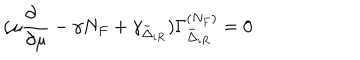
( \mu \frac { \partial \phantom { a } } { \partial \mu } - \gamma N _ { F } + \gamma _ { \bar { \Delta } _ { i R } } ) \Gamma _ { \bar { \Delta } _ { i R } } ^ { ( N _ { F } ) } = 0